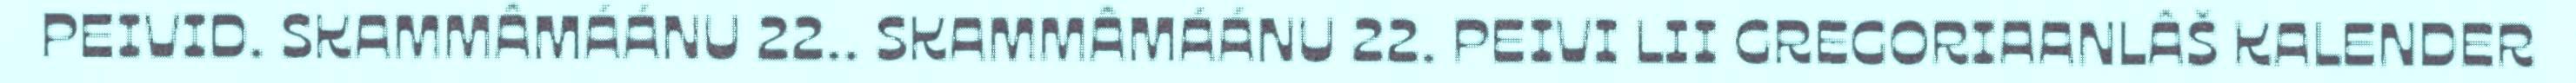
PEIVID. SKAMMÂMÁÁNU 22.. SKAMMÂMÁÁNU 22. PEIVI LII GREGORIAANLÂŠ KALENDER